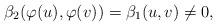
LaTeX: \begin{align*}\beta_2(\varphi(u),\varphi(v))=\beta_1(u,v)\neq 0,\end{align*}